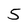
Character: 5